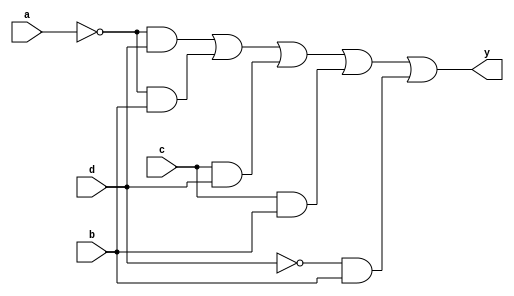
module clb_hh(
	input a,
	input b,
	input c,
	input d,
	output y
);

	wire f;
	
	assign f = ~a & d | ~a & b | c & d | c & b | ~d & b;
	assign y = f;
	
endmodule